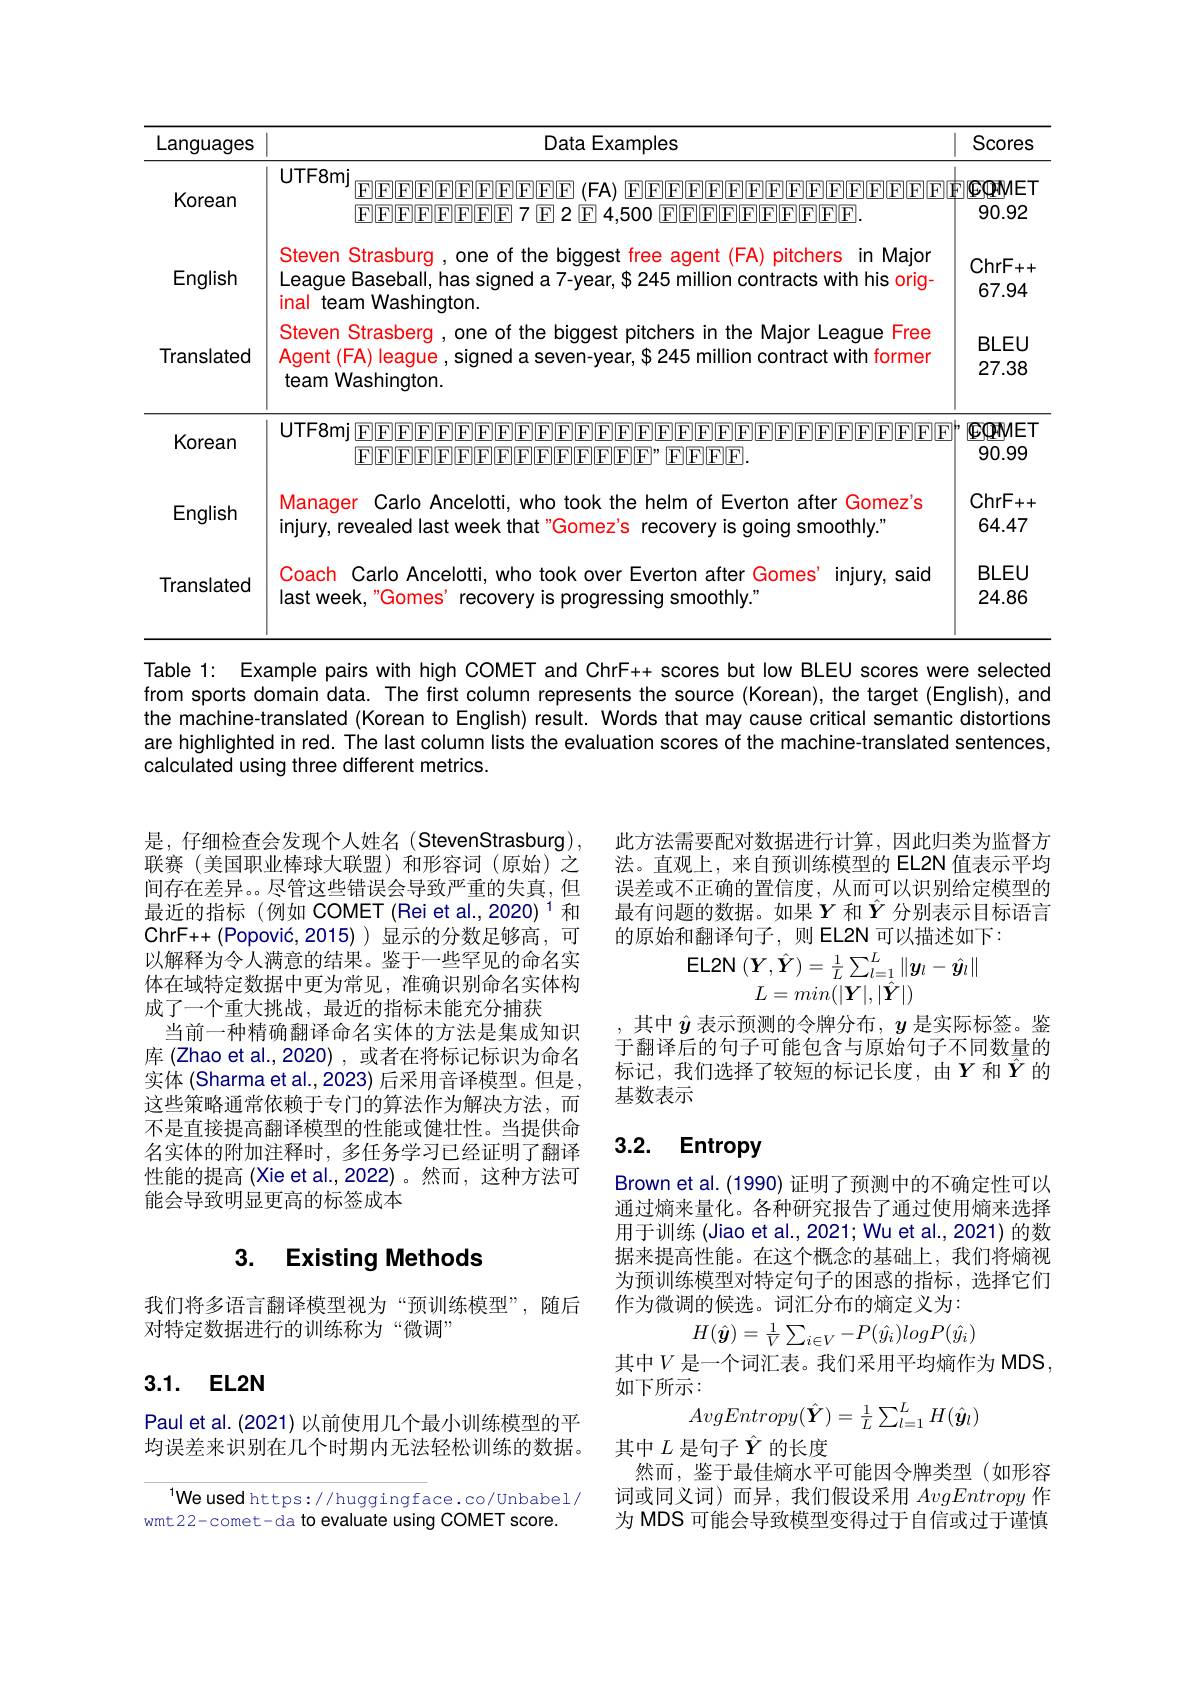
<table>
	<tbody>
		<tr>
			<th>Languages</th>
			<th>Data Examples</th>
			<th>Scores</th>
		</tr>
		<tr>
			<td>Korean</td>
			<td>UTF8mj FFFFFFFFFFFFFFF (FA) FFFFFFFFFFFFFF FFFFFFFFFFFF7 E2 E 4.500 FFFFFFFFF</td>
			<td>$[\mathbf{EQMET}]$ 90.92</td>
		</tr>
		<tr>
			<td>English</td>
			<td>Steven Strasburg , one of the biggest free agent (FA) pitchers in Majon League Baseball, has signed a 7-year, $\$245$ million contracts with his orig- inal team Washington.</td>
			<td>ChrF ++ 67.94</td>
		</tr>
		<tr>
			<td>Translated</td>
			<td>Steven Strasberg, one of the biggest pitchers in the Major League Free Agent (FA) league , signed a seven-year, $ 245 million contract with former team Washington.</td>
			<td>BLEU 27.38</td>
		</tr>
		<tr>
			<td>Korean</td>
			<td>UTF8mj EFFFFFFFFFFFFFFFFFFFFFFFFFFF $\operatorname{E}\|\operatorname{F}\|\operatorname{F}\|\operatorname{F}\|\operatorname{F}\|\operatorname{F}\|\operatorname{F}\|\operatorname{F}\|\operatorname{F}\|\operatorname{F}\|\operatorname{F}\|\operatorname{F}\|\operatorname{F}\|\operatorname{F}\|.$</td>
			<td>$\mathbb{EQPMET}$ 90.99</td>
		</tr>
		<tr>
			<td>English</td>
			<td>Manager Carlo Ancelotti, who took the helm of Everton after Gomez's injury, revealed last week that "Gomez's recovery is going smoothly.</td>
			<td>ChrF ++ 64.47</td>
		</tr>
		<tr>
			<td>Translated</td>
			<td>Coach Carlo Ancelotti, who took over Everton after Gomes' last week. "Gomes' recoverv is proqressing smoothlv." injury, said</td>
			<td>BLEU 24.86</td>
		</tr>
	</tbody>
</table>

Table 1: Example pairs with high COMET and ChrF++ scores but low BLEU scores were selected from sports domain data. The first column represents the source (Korean), the target (English), and the machine-translated (Korean to English) result. Words that may cause critical semantic distortions are highlighted in red. The last column lists the evaluation scores of the machine-translated sentences, calculated using three different metrics.

是，仔细检查会发现个人姓名(StevenStrasburg), 联赛(美国职业棒球大联盟)和形容词(原始)之间存在差异。尽管这些错误会导致严重的失真，但最近的指标(例如 COMET(Rei et al.,2020)$^1$和ChrF++(Popović,2015))显示的分数足够高，可以解释为令人满意的结果。鉴于一些罕见的命名实体在域特定数据中更为常见，准确识别命名实体构成了一个重大挑战，最近的指标未能充分捕获
当前一种精确翻译命名实体的方法是集成知识库 (Zhao et al.,2020) ,或者在将标记标识为命名实体 (Sharma et al.,2023) 后采用音译模型。但是这些策略通常依赖于专门的算法作为解决方法，而不是直接提高翻译模型的性能或健壮性。当提供命名实体的附加注释时，多任务学习已经证明了翻译性能的提高 (Xie et al.,2022)。然而，这种方法可能会导致明显更高的标签成本

### 3. ExistingMethods

我们将多语言翻译模型视为“预训练模型”,随后
对特定数据进行的训练称为“微调”

## 3.1. EL2N

Paulet al. (2021) 以前使用几个最小训练模型的平均误差来识别在几个时期内无法轻松训练的数据。

$^{1}$We used https://huggingface.co/Unbabel/
wmt22-comet-da to evaluate using COMET score.

此方法需要配对数据进行计算，因此归类为监督方法。直观上，来自预训练模型的 EL2N 值表示平均误差或不正确的置信度，从而可以识别给定模型的最有问题的数据。如果$Y$和$\hat{Y}$分别表示目标语言的原始和翻译句子，则 EL2N 可以描述如下：

其中$\hat{y}$表示预测的令牌分布，$y$是实际标签。鉴于翻译后的句子可能包含与原始句子不同数量的标记，我们选择了较短的标记长度，由$Y$ 和$\hat{Y}$ 的基数表示

## 3.2. Entropy

Brown et al. (1990) 证明了预测中的不确定性可以通过熵来量化。各种研究报告了通过使用熵来选择用于训练 (Jiao et al., 2021; Wu et al., 2021) 的数据来提高性能。在这个概念的基础上，我们将熵视为预训练模型对特定句子的困惑的指标，选择它们作为微调的候选。词汇分布的熵定义为2
$H(\hat{\boldsymbol{y}})=\frac1V\sum_{i\in V}-P(\hat{y}_i)logP(\hat{y}_i)$

其中$V$ 是一个词汇表。我们采用平均熵作为 MDS

如下所示：
$AvgEntropy(\hat{\boldsymbol{Y}})=\frac1L\sum_{l=1}^LH(\hat{\boldsymbol{y}}_l)$
其中$L$是句子$\hat{Y}$的长度
然而，鉴于最佳熵水平可能因令牌类型(如形容词或同义词)而异，我们假设采用AvgEntropy作为 MDS 可能会导致模型变得过于自信或过于谨慎